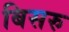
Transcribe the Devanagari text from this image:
बिसरु